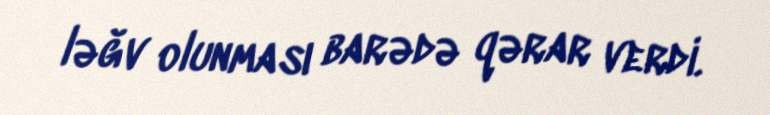
ləğv olunması barədə qərar verdi.